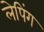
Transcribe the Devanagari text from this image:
लेपिंग